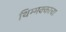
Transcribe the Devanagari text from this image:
थिम्मक्काचा